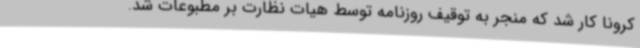
کرونا کار شد که منجر به توقیف روزنامه توسط هیات نظارت بر مطبوعات شد.